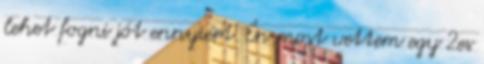
lehet fogni jót ennyiért. Én most vettem egy 2es